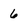
Character: 6